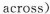
across)